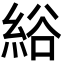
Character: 綌